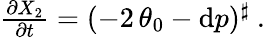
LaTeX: \begin{array}{r}{\frac{\partial X_{2}}{\partial t}=(-2\, \theta_{0}-\mathrm{d}p)^{\sharp}\ .}\end{array}